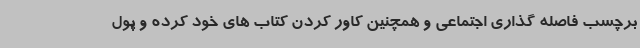
برچسب فاصله گذاری اجتماعی و همچنین کاور کردن کتاب های خود کرده و پول